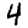
Digit: 4